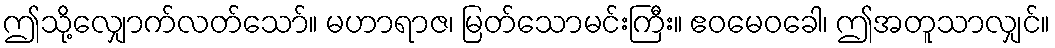
ဤသို့လျှောက်လတ်သော်။ မဟာရာဇ၊ မြတ်သောမင်းကြီး။ ဧဝမေဝခေါ၊ ဤအတူသာလျှင်။